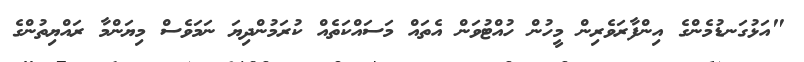
"އަޅުގަނޑުމެންގެ އިންފާރަވެރިން މީހުން ހުއްޓުވަން އެތައް މަސައްކަތެއް ކުރަމުންދިޔަ ނަމަވެސް މިޔަންމާ ރައްޔިތުންގެ